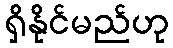
ရှိနိုင်မည်ဟု